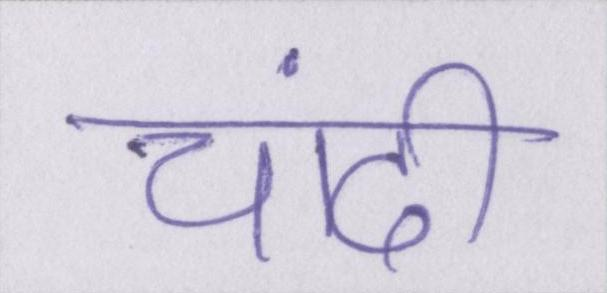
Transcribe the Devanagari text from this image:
चांदी